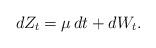
LaTeX: \begin{align*}dZ_t = \mu\, dt + dW_t.\end{align*}